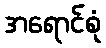
အရောင်စုံ